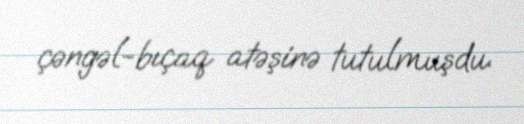
çəngəl-bıçaq atəşinə tutulmuşdu.